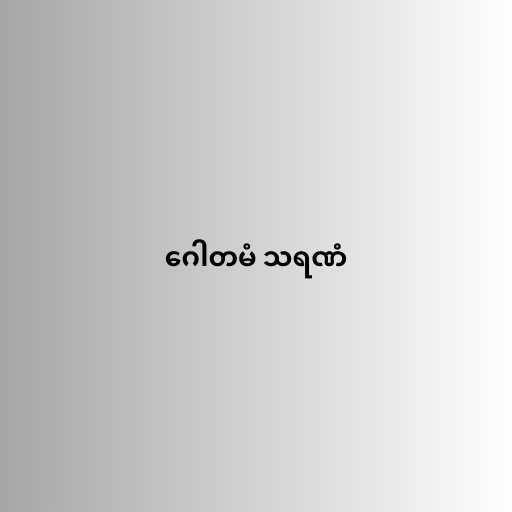
ဂေါတမံ သရဏံ